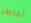
أخاطر